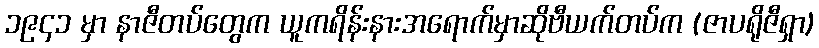
၁၉၄၁ မှာ နာဇီတပ်တွေက ယူကရိန်းနားအရောက်မှာဆိုဗီယက်တပ်က (ဇာပရိုဇီရှာ)